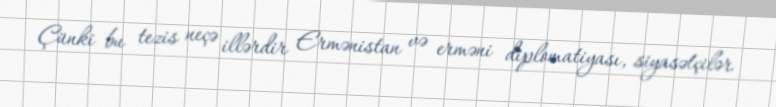
Çünki bu tezis neçə illərdir Ermənistan və erməni diplomatiyası, siyasətçilər